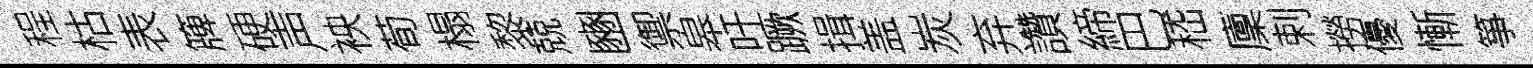
程枯表簰硬声䘧荀榻黎兢豳禦皋吁蹶揖盖炭弃讚締巴嵇廩剌撈優慚箏